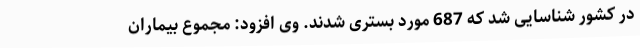
در کشور شناسایی شد که 687 مورد بستری شدند. وی افزود: مجموع بیماران